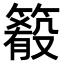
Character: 𥳴